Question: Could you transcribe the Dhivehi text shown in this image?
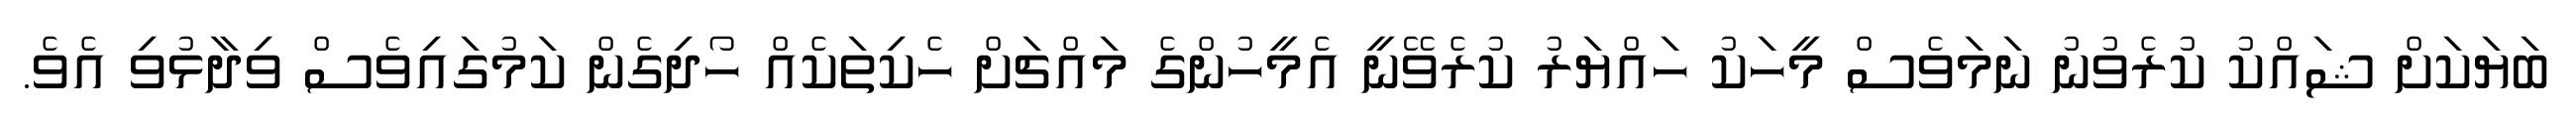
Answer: ބަޔަކަށް ޝައްކު ކުރެވުނު ނަމަވެސް މީހަކު ހައްޔަރު ކުރެވޭނީ އެމީހުންގެ މައްޗަށް ހެކިތަކެއް ހޯދިގެން ކަމުގައިވެސް ވިދާޅުވި އެވެ.